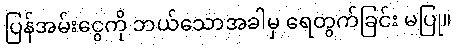
ပြန်အမ်းငွေကို ဘယ်သောအခါမှ ရေတွက်ခြင်း မပြု။